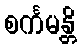
စင်္ကမန္တိ